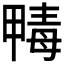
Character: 𣫹